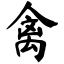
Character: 禽